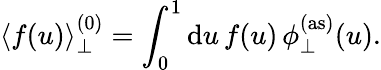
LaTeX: \left<f(u)\right>_{\perp}^{(0)}=\int_{0}^{1}\mathrm{d}u\, f(u)\, \phi_{\perp}^{(\mathrm{{as}})}(u).